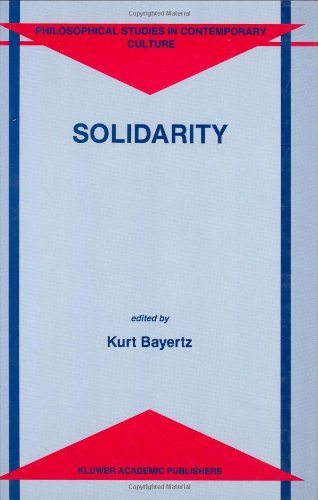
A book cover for Solidarity (Philosophical Studies in Contemporary Culture); Law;